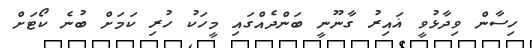
ހިސާން ވިދާޅުވީ ޣައިރު ގާނޫނީ ބަންދެއްގައި މީހަކު ހުރި ކަމަށް ބުނެ ކޯޓަށް